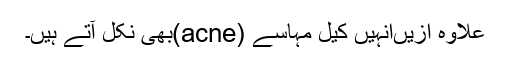
علاوہ ازیںانہیں کیل مہاسے (acne)بھی نکل آتے ہیں۔